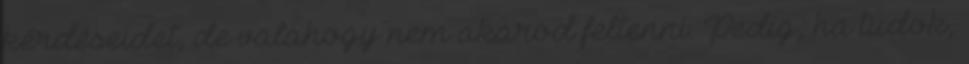
kérdéseidet, de valahogy nem akarod feltenni. Pedig, ha tudok,